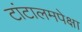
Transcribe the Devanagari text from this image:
टांटालमपेक्षा